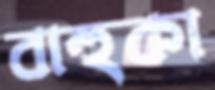
বাহুকা